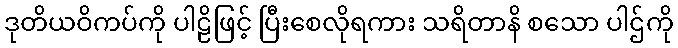
ဒုတိယဝိကပ်ကို ပါဠိဖြင့် ပြီးစေလိုရကား သရိတာနိ စသော ပါဌ်ကို